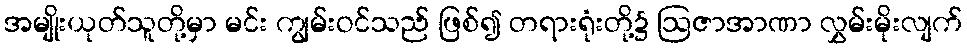
အမျိုးယုတ်သူတို့မှာ မင်း ကျွမ်းဝင်သည် ဖြစ်၍ တရားရုံးတို့၌ ဩဇာအာဏာ လွှမ်းမိုးလျက်